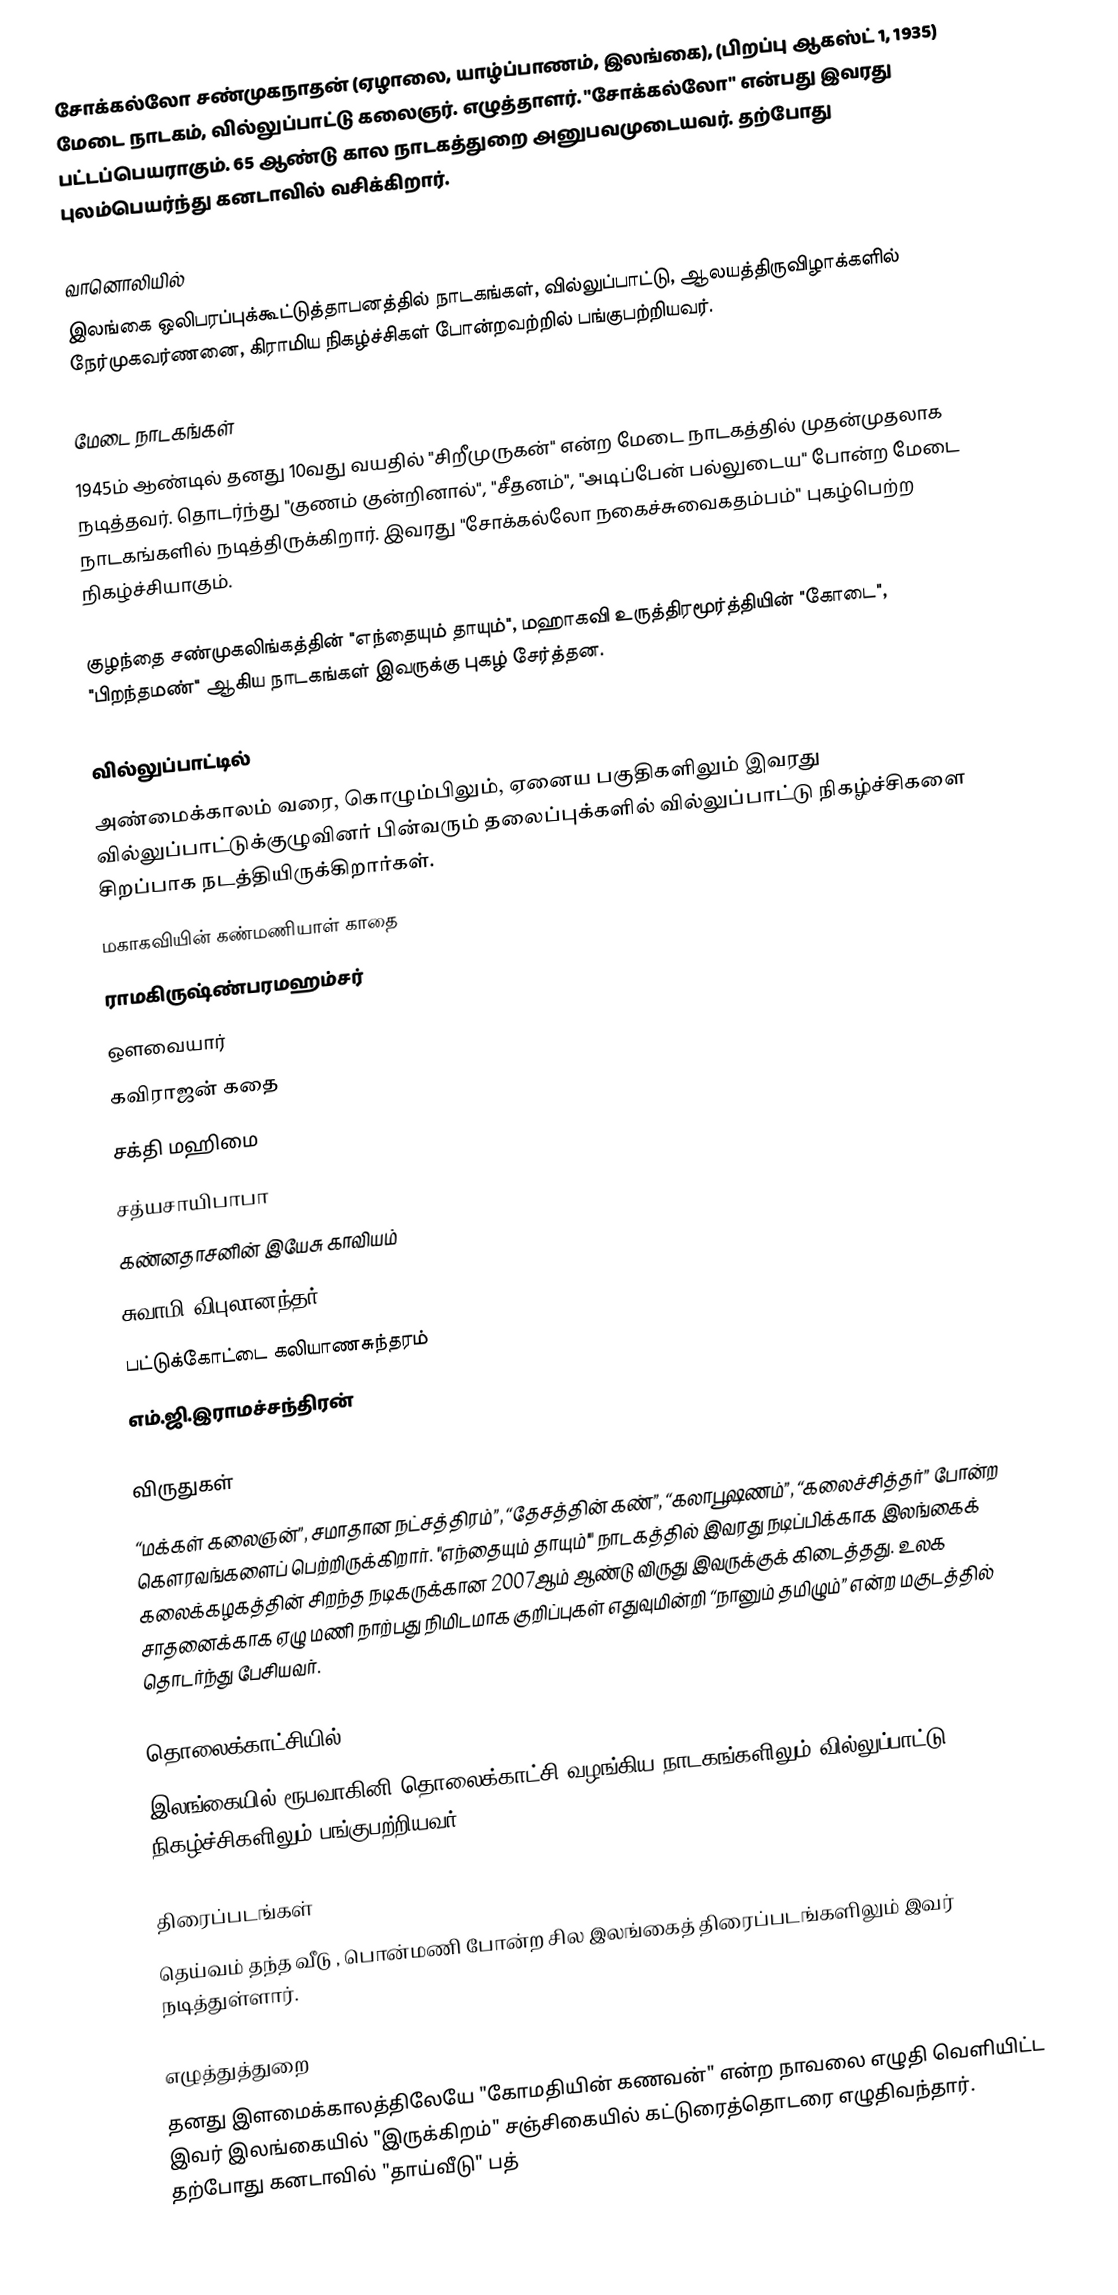
சோக்கல்லோ சண்முகநாதன் (ஏழாலை, யாழ்ப்பாணம், இலங்கை), (பிறப்பு ஆகஸ்ட் 1, 1935) மேடை நாடகம், வில்லுப்பாட்டு கலைஞர். எழுத்தாளர். "சோக்கல்லோ" என்பது இவரது பட்டப்பெயராகும். 65 ஆண்டு கால நாடகத்துறை அனுபவமுடையவர். தற்போது புலம்பெயர்ந்து கனடாவில் வசிக்கிறார்.

வானொலியில்
இலங்கை ஒலிபரப்புக்கூட்டுத்தாபனத்தில் நாடகங்கள், வில்லுப்பாட்டு, ஆலயத்திருவிழாக்களில் நேர்முகவர்ணனை, கிராமிய நிகழ்ச்சிகள் போன்றவற்றில் பங்குபற்றியவர்.

மேடை நாடகங்கள்
1945ம் ஆண்டில் தனது 10வது வயதில் "சிறீமுருகன்" என்ற மேடை நாடகத்தில் முதன்முதலாக நடித்தவர்.  தொடர்ந்து "குணம் குன்றினால்", "சீதனம்", "அடிப்பேன் பல்லுடைய" போன்ற மேடை நாடகங்களில் நடித்திருக்கிறார். இவரது "சோக்கல்லோ நகைச்சுவைகதம்பம்" புகழ்பெற்ற நிகழ்ச்சியாகும்.

குழந்தை சண்முகலிங்கத்தின் "எந்தையும் தாயும்", மஹாகவி உருத்திரமூர்த்தியின் "கோடை", "பிறந்தமண்" ஆகிய நாடகங்கள் இவருக்கு புகழ் சேர்த்தன.

வில்லுப்பாட்டில்
அண்மைக்காலம் வரை, கொழும்பிலும், ஏனைய பகுதிகளிலும் இவரது வில்லுப்பாட்டுக்குழுவினர் பின்வரும் தலைப்புக்களில் வில்லுப்பாட்டு நிகழ்ச்சிகளை சிறப்பாக நடத்தியிருக்கிறார்கள்.
 மகாகவியின் கண்மணியாள் காதை
 ராமகிருஷ்ண்பரமஹம்சர்
 ஒளவையார்
 கவிராஜன் கதை
 சக்தி மஹிமை
 சத்யசாயிபாபா
 கண்னதாசனின் இயேசு காவியம்
 சுவாமி விபுலானந்தர்
 பட்டுக்கோட்டை கலியாணசுந்தரம்
 எம்.ஜி.இராமச்சந்திரன்

விருதுகள்
“மக்கள் கலைஞன்”, சமாதான நட்சத்திரம்”, “தேசத்தின் கண்”, “கலாபூஷணம்”, “கலைச்சித்தர்” போன்ற கௌரவங்களைப் பெற்றிருக்கிறார். "எந்தையும் தாயும்'" நாடகத்தில் இவரது நடிப்பிக்காக இலங்கைக் கலைக்கழகத்தின் சிறந்த நடிகருக்கான 2007ஆம் ஆண்டு விருது இவருக்குக் கிடைத்தது. உலக சாதனைக்காக ஏழு மணி நாற்பது நிமிடமாக குறிப்புகள் எதுவுமின்றி “நானும் தமிழும்” என்ற மகுடத்தில் தொடர்ந்து பேசியவர்.

தொலைக்காட்சியில்
இலங்கையில் ரூபவாகினி தொலைக்காட்சி வழங்கிய நாடகங்களிலும் வில்லுப்பாட்டு நிகழ்ச்சிகளிலும் பங்குபற்றியவர்.

திரைப்படங்கள்
தெய்வம் தந்த வீடு , பொன்மணி போன்ற சில இலங்கைத் திரைப்படங்களிலும் இவர் நடித்துள்ளார்.

எழுத்துத்துறை
தனது இளமைக்காலத்திலேயே "கோமதியின் கணவன்" என்ற நாவலை எழுதி வெளியிட்ட இவர் இலங்கையில் "இருக்கிறம்" சஞ்சிகையில் கட்டுரைத்தொடரை எழுதிவந்தார். தற்போது கனடாவில் "தாய்வீடு" பத்